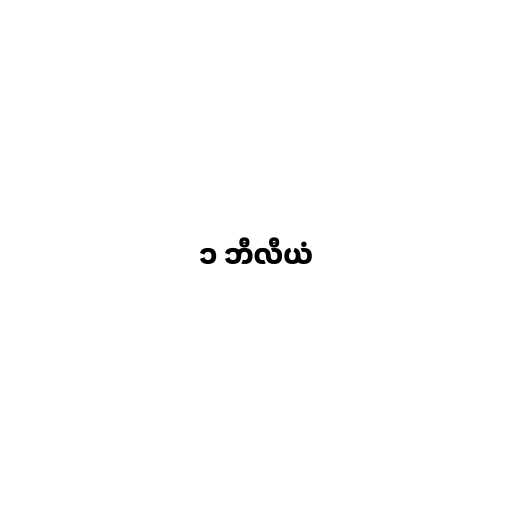
၁ ဘီလီယံ